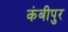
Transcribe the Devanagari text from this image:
कंबीपुर